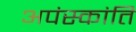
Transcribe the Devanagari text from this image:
अपंस्कांति